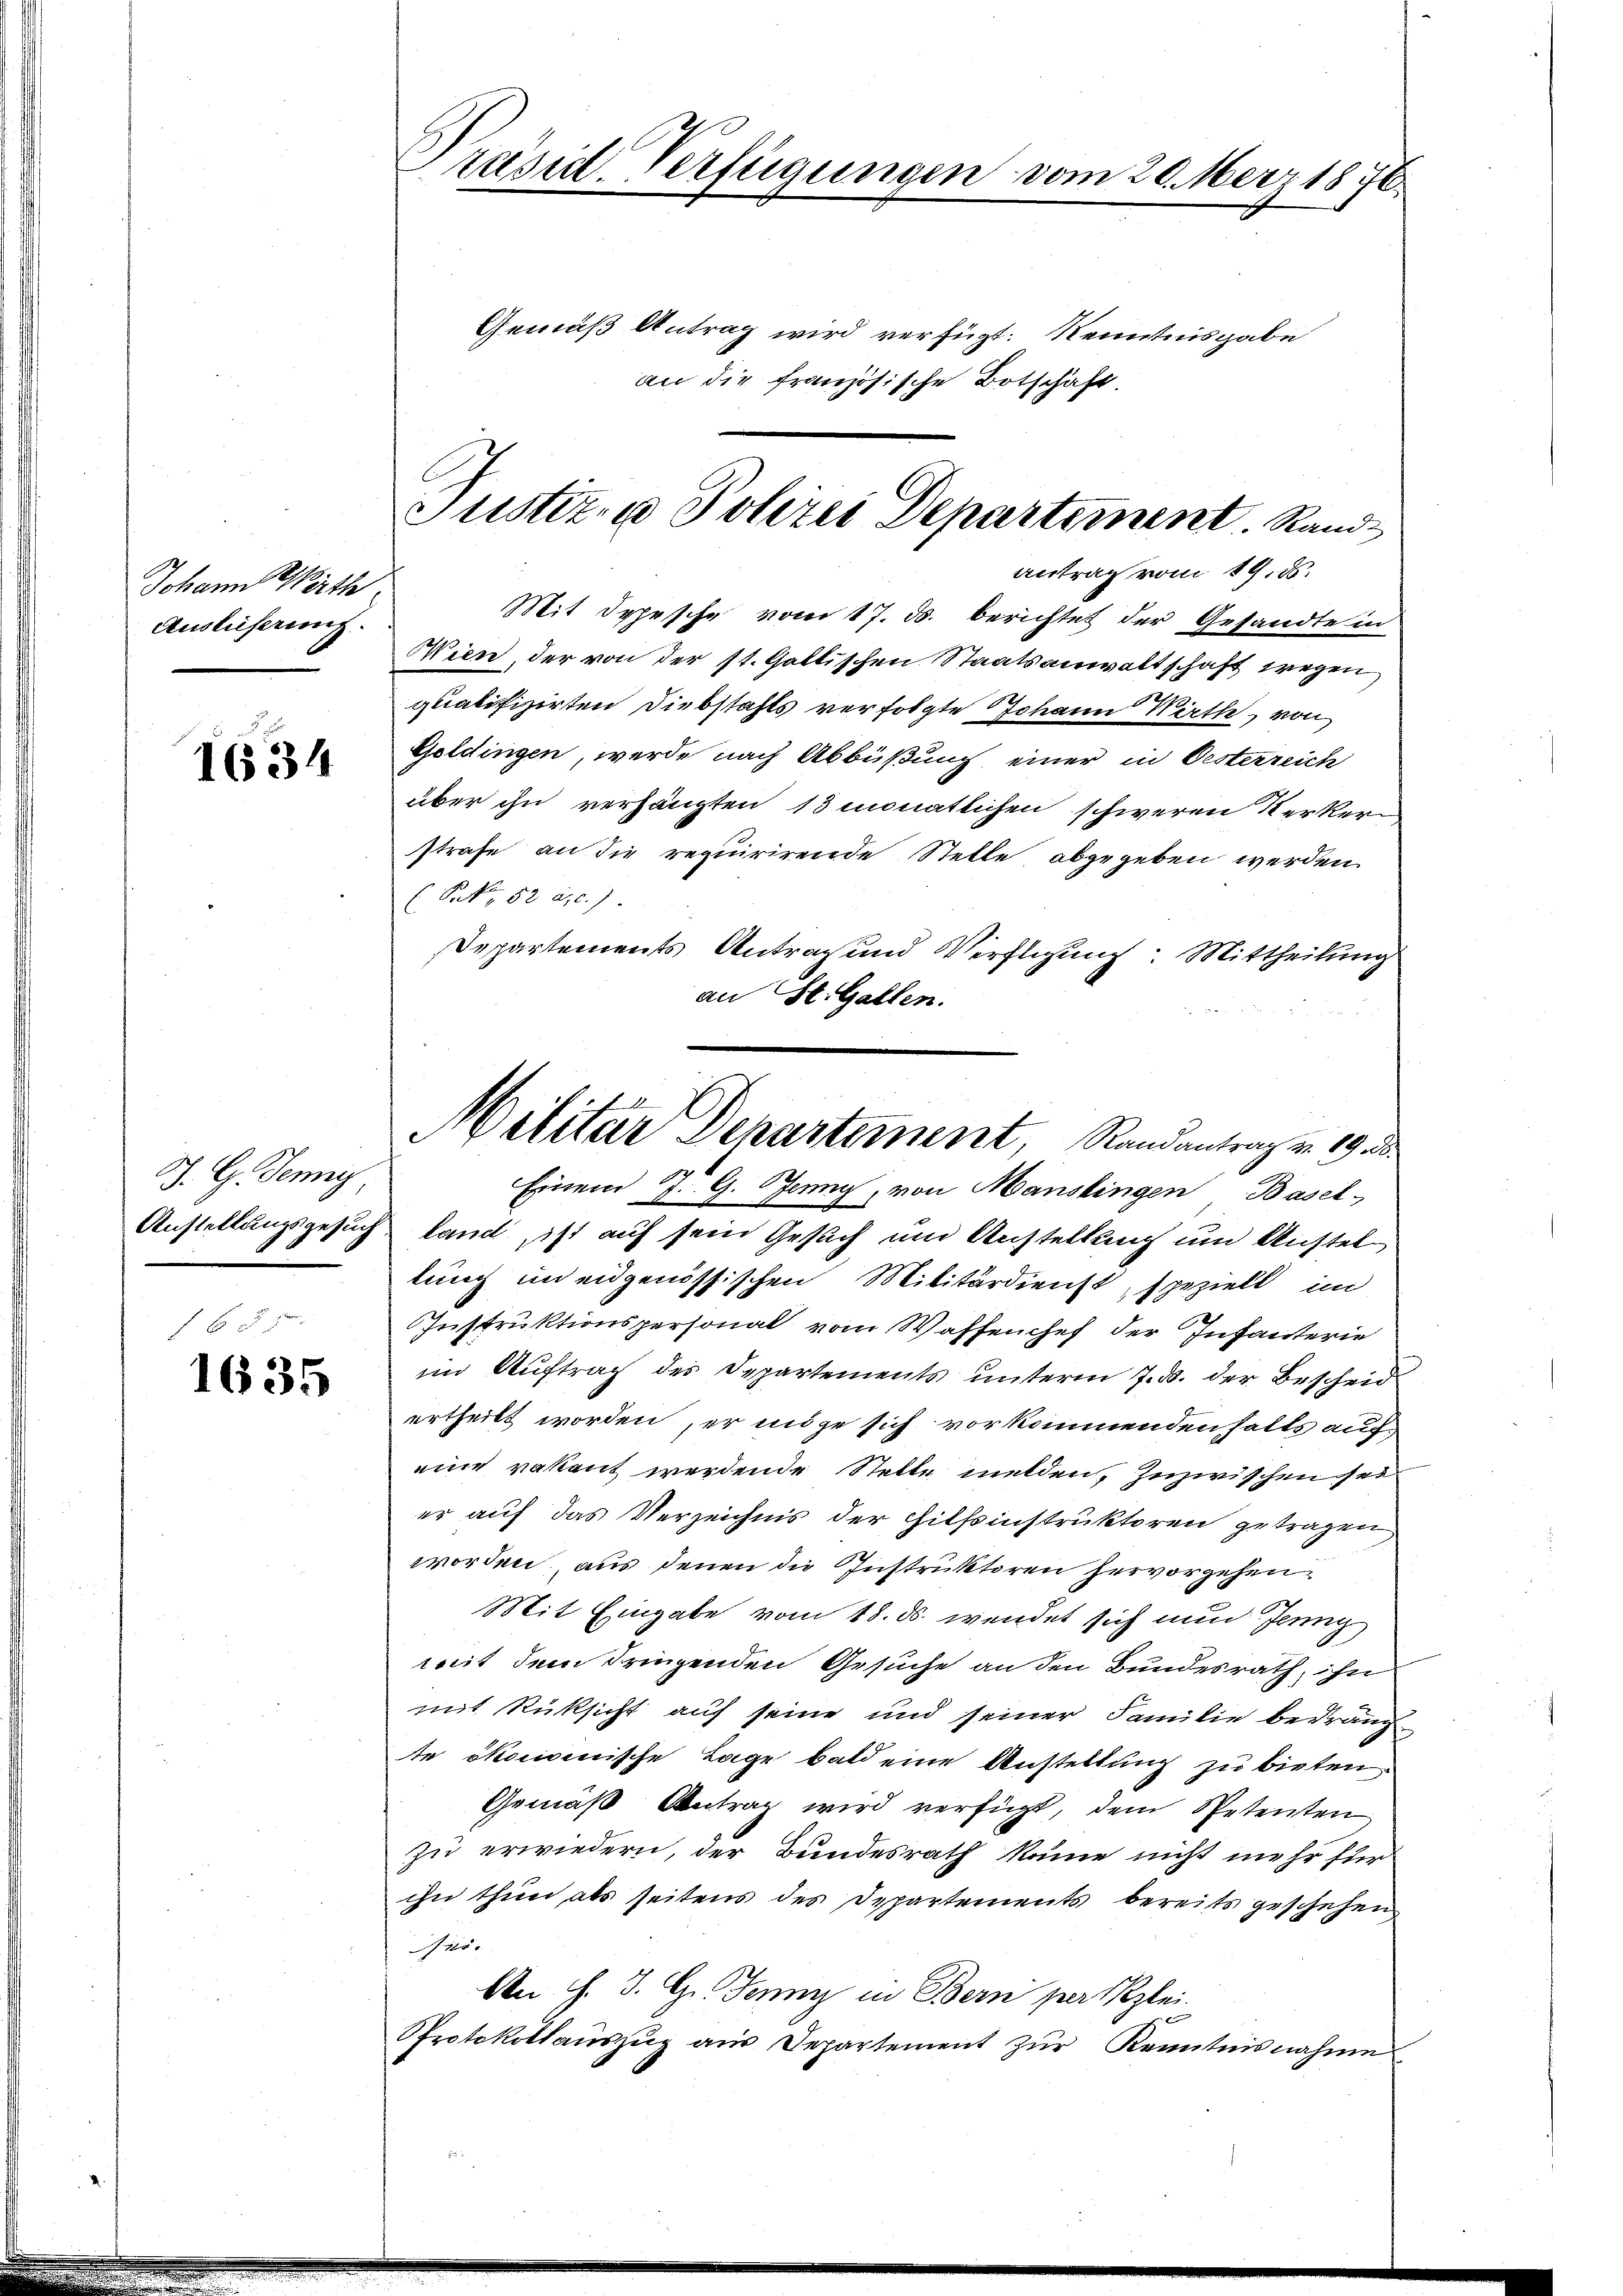
Johann Wirth
Auslieferung.

1634

J. G. Jenny

1635

Präsid. Verfügungen vom 20. Merz 1876.
Gemäß Antrag wird verfügt: Kenntnisgabe
an die französische Botschaft.

Mit Depesche vom 17. ds. berichtet der Gesandte in
Wien, der von der st. Galtischen Staatsanwaltschaft wegen
qualifizirten Diebstahls verfolgte Johann Wirth, von
Goldingen, werde nach Abbüßung einer in Oesterreich
über ihn verhängten 13 monatlichen schweren Kerkerstrafe an die requirirende Stelle abgegeben werden.
Pak, 52 a. c.)
Departements Antrag und Verfligung: Mittheilung
an St. Gallen.
Einem J. G. Jenny
 von Manskingen Basel-
Anstellungsgesuch land, ist auf sein Gesuch um Anstellung um Austel
lung in eidgenössischen Militärdienst, spezielt, im
Instruktionspersonal vom Waffenchef der Infanterie
im Auftrag des Departements unterm 7. d. der Bescheid
ertheilt worden, er möge sich vorkommenden halts auch
eine vakant werdende Stelle melden, zuzwischen sei
er auf das Verzeichnis der Hilfsinstruktoren getragen
worden, aus denen die Instruktoren hervorgehen,
Mit Eingabe vom 18. ds. wendet sich nun Jenng
mit dem dringenden Gesuche an den Bundesrath, ihn
mit Rücksicht auf seine und seiner Familie bedräng
te ökonvenische Lage bald eine Anstellung zu bieten.
Gemäß Antrag wird verfügt, dem Spetenten
zu erwiedern, der Bundesrath könne nicht mehr für
ihn thun als seitens des Departements bereits geschehen
Prise
An J. J. G. Jenny in Bern perskzlei.
Protokollaŭszŭg aŭs Departement zŭr Kenntnisnahme

Justiz- u Polizei Departement. Rand¬
Antrag vom 19. d.

Militar Departement, Randantrag v. 19. d